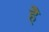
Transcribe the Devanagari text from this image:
हेेै